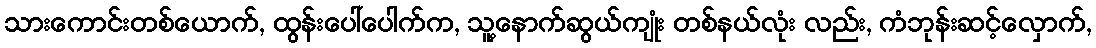
သားကောင်းတစ်ယောက်, ထွန်းပေါ်ပေါက်က, သူ့နောက်ဆွယ်ကျုံး တစ်နယ်လုံး လည်း, ကံဘုန်းဆင့်လှောက်,